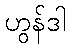
ဟွန်ဒါ